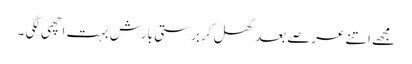
مجھے اتنے عرصے بعد کھل کر برستی بارش بہت اچھی لگی ۔